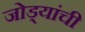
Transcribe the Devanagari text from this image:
जोड्यांची